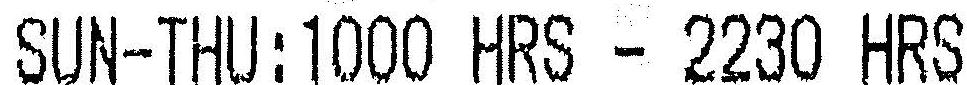
SUN-THU:1000 HRS - 2230 HRS